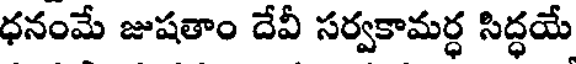
ధనంమే జుషతాం దేవీ సర్వకామర్ధ సిద్ధయే